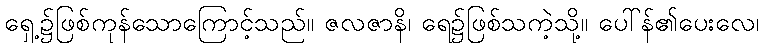
ရှေ့၌ဖြစ်ကုန်သောကြောင့်သည်။ ဇလဇာနိ၊ ရေ၌ဖြစ်သကဲ့သို့။ ပေါ်န်၏ပေးလေ၊